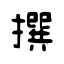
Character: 撰